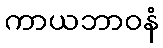
ကာယဘာဝနံ